Leaving Certificate Examination (including Day School Certificate (Higher) General paper), 1931
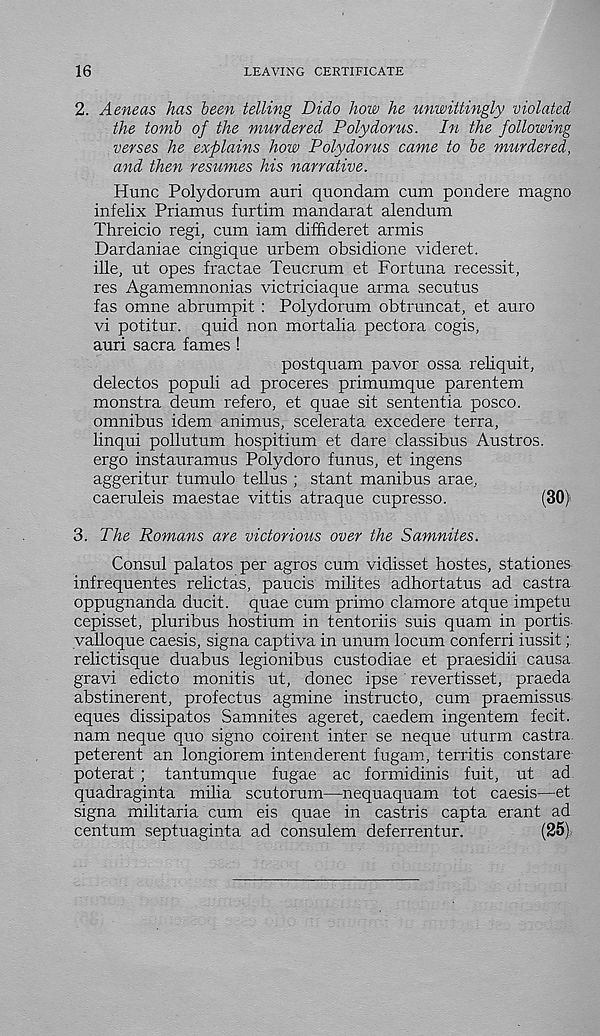
16
LEAVING CERTIFICATE
2. Aeneas has been telling Dido how he unwittingly violated
the tomb of the murdered Poly dor us. In the following
verses he explains how Polydorus came to be murdered,
and then resumes his narrative.
Hunc Polydorum auri quondam cum pondere magno
infelix Priamus furtim mandarat alendum
Threicio regi, cum iam diffideret armis
Dardaniae cingique urbem obsidione videret.
ille, ut opes fractae Teucrum et Fortuna recessit,
res Agamemnonias victriciaque arma secutus
fas omne abrumpit : Polydorum obtruncat, et auro
vi potitur. quid non mortalia pectora cogis,
auri sacra fames !
postquam pavor ossa reliquit,
delectos populi ad proceres primumque parentem
monstra deum refero, et quae sit sententia posco.
omnibus idem animus, scelerata excedere terra,
linqui pollutum hospitium et dare classibus Austros.
ergo instauramus Polydoro funus, et ingens
aggeritur tumulo tellus ; stant manibus arae,
caeruleis maestae vittis atraque cupresso.
(30)
3. The Romans are victorious over the Samnites.
Consul palatos per agros cum vidisset hostes, stationes
infrequentes relictas, paucis milites adhortatus ad castra
oppugnanda ducit. quae cum primo clamore atque impetu
cepisset, pluribus hostium in tentoriis suis quam in portis
valloque caesis, signa captiva in unum locum conferri iussit;
relictisque duabus legionibus custodiae et praesidii causa
gravi edicto monitis ut, donee ipse revertisset, praeda
abstinerent, profectus agmine instruct©, cum praemissus
eques dissipates Samnites ageret, caedem ingentem fecit,
nam neque quo signo coirent inter se neque uturm castra
peterent an longiorem intenderent fugam, territis constare
poterat ; tantumque fugae ac formidinis fuit, ut ad
quadraginta milia scutorum—nequaquam tot caesis—et
signa militaria cum eis quae in castris capta erant ad
centum septuaginta ad consulem deferrentur.
(25)